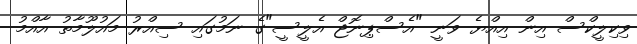
ވިކިލީކްސް އިން އިއްޔެ ވަނީ "އެސްޕިނޮޖް އެލީސީ"ގެ ނަމުގައި ސިއްރު މައުލޫމާތު އާއްމު